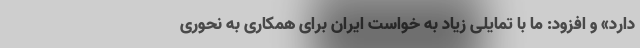
دارد» و افزود: ما با تمایلی زیاد به خواست ایران برای همکاری به نحوری